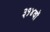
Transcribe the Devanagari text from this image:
३१४वॉ